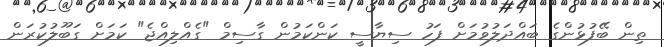
ތިން ބޭފުޅުންގެ ބައްދަލުވުމަށް ފަހު ސިޔާސީ ކަންކަމުން ގާސިމް "ގެއްލިއްޖެ" ކަމަށް ގަބޫލުކުރަން